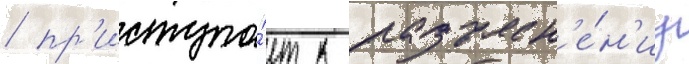
/ пр'иступа́ет к разъясн'е́н'иу